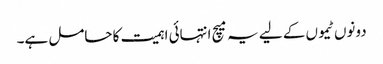
دونوں ٹیموں کے لیے یہ میچ انتہائی اہمیت کا حامل ہے۔